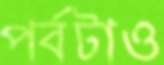
পর্বটাও